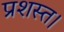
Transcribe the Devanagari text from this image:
प्रशस्त।